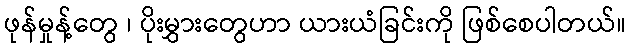
ဖုန်မှုန့်တွေ ၊ ပိုးမွှားတွေဟာ ယားယံခြင်းကို ဖြစ်စေပါတယ်။